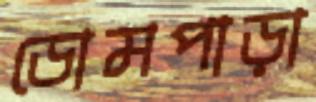
ডোমপাড়া